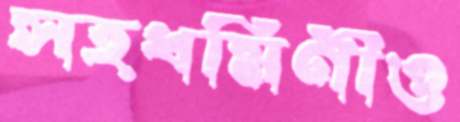
সহধর্মিণীও